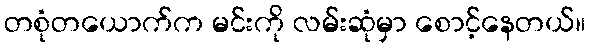
တစုံတယောက်က မင်းကို လမ်းဆုံမှာ စောင့်နေတယ်။